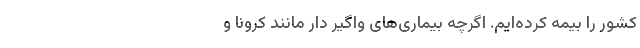
کشور را بیمه کرده‌‌ایم. اگرچه بیماری‌‌های واگیر دار مانند کرونا و